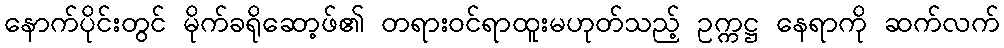
နောက်ပိုင်းတွင် မိုက်ခရိုဆော့ဖ်၏ တရားဝင်ရာထူးမဟုတ်သည့် ဥက္ကဋ္ဌ နေရာကို ဆက်လက်